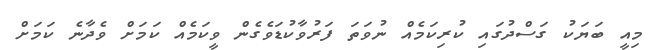
މިއީ ބަޔަކު ގަސްދުގައި ކުރިކަމެއް ނުވަތަ ފަރުވާކުޑަވެގެން ވީކަމެއް ކަމަށް ވެދާނެ ކަމަށް